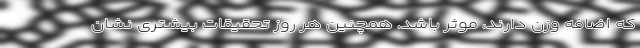
که اضافه وزن دارند، موثر باشد. همچنین هر روز تحقیقات بیشتری نشان